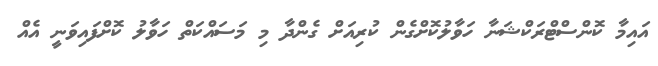
އައިމާ ކޮންސްޓްރަކްޝަނާ ހަވާލުކޮށްގެން ކުރިއަށް ގެންދާ މި މަސައްކަތް ހަވާލު ކޮށްފައިވަނީ އެއް